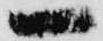
一